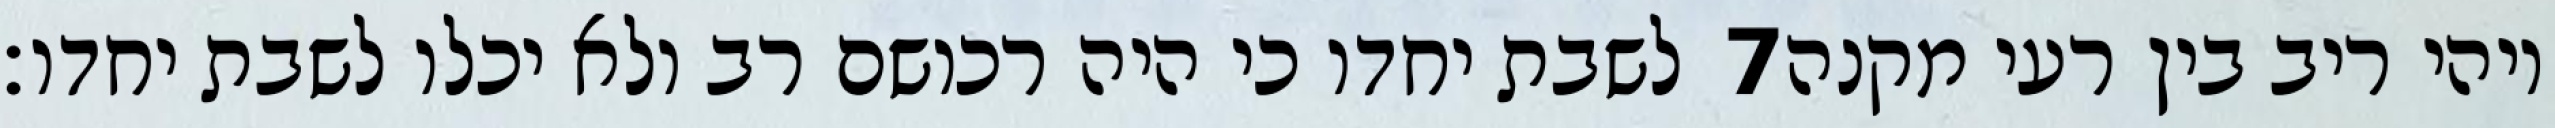
לשבת יחדו כי היה רכושם רב ולא יכלו לשבת יחדו׃ ‎7‏ ויהי ריב בין רעי מקנה